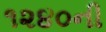
૧૨૪૦ની